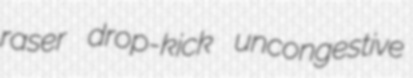
raser drop-kick uncongestive